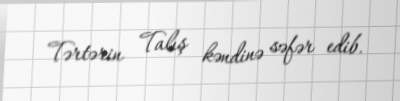
Tərtərin Talış kəndinə səfər edib.